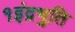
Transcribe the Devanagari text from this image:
१इंद्रभुति